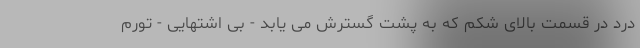
درد در قسمت بالای شکم که به پشت گسترش می یابد - بی اشتهایی - تورم